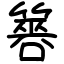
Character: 簭